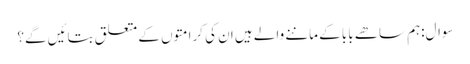
سوال:ہم ساھے بابا کے ماننے والے ہیں ان کی کرامتوں کے متعلق بتائیں گے؟